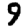
Digit: 9